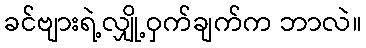
ခင်ဗျားရဲ့လျှို့ဝှက်ချက်က ဘာလဲ။